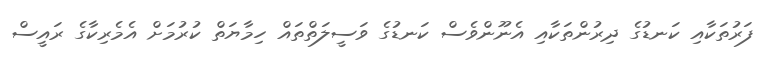
ފަރުތަކާއި ކަނޑުގެ ދިރުންތަކާއި އެނޫންވެސް ކަނޑުގެ ވަސީލަތްތައް ހިމާޔަތް ކުރުމަށް އެމެރިކާގެ ރައީސް